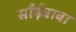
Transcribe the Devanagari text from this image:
साँईबाबा